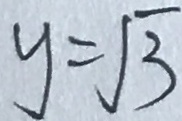
y = \sqrt { 3 }